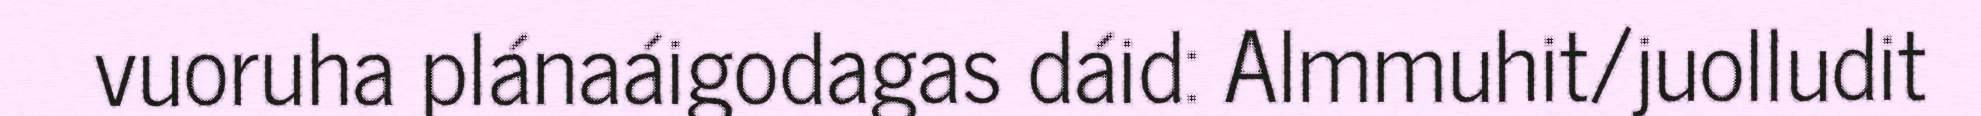
vuoruha plánaáigodagas dáid: Almmuhit/juolludit